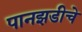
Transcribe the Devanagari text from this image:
पानझडीचे